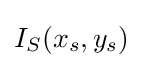
I_{S}(x_{s},y_{s})